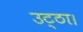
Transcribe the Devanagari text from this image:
उट्ठा।